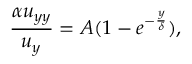
\frac { \alpha u _ { y y } } { u _ { y } } = A ( 1 - e ^ { - \frac { y } { \delta } } ) ,